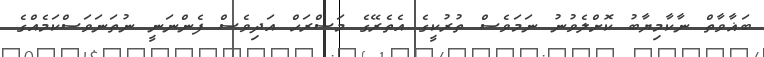
ބަޣާވާތް ނާކާމިޔާބު ކޮށްލެވުނު ނަމަވެސް ތުރުކީގެ އެތެރޭގެ މަސްރަހް އަދިވެސް ފެންނަނީ ނުތަނަވަސްކަމެއްގެ